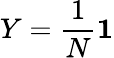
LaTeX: Y={\frac{1}{N}}\mathbf{1}